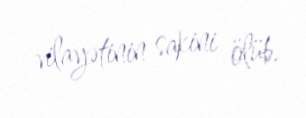
vilayətinin sakini ölüb.